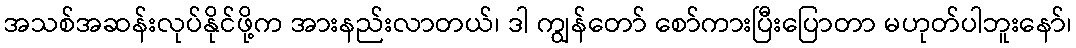
အသစ်အဆန်းလုပ်နိုင်ဖို့က အားနည်းလာတယ်၊ ဒါ ကျွန်တော် စော်ကားပြီးပြောတာ မဟုတ်ပါဘူးနော်၊